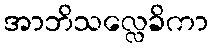
အာဘိသလ္လေခိကာ